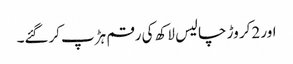
اور 2کر وڑ چالیس لاکھ کی رقم ہڑپ کرگئے۔